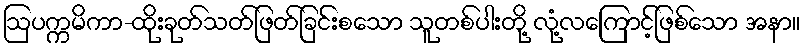
ဩပက္ကမိကာ-ထိုးခုတ်သတ်ဖြတ်ခြင်းစသော သူတစ်ပါးတို့ လုံ့လကြောင့်ဖြစ်သော အနာ။